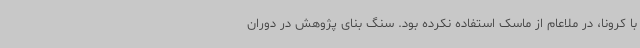
با کرونا، در ملاعام از ماسک استفاده نکرده بود. سنگ بنای پژوهش در دوران